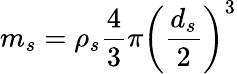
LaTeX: m_{s}=\rho_{s}\frac{4}{3}\pi\left(\frac{d_{s}}{2}\right)^{3}